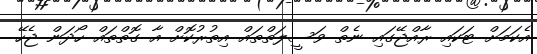
އެކަމަށް ޓަކައި ރާއްޖޭގައި ނެތް ވަސީލަތްތައް އިތުރުކޮށް އާ ގޮތްތައް ހޯދަން ޖެހޭ